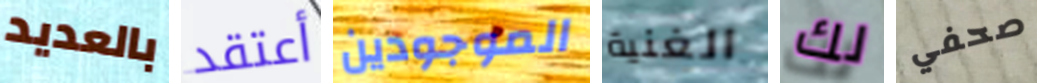
بالعديد أعتقد الموجودين الغنية لك صحفي